system: You are a helpful assistant.
user:
Analyze the provided spectrum to determine if it is a **M-type Giant (gM)**.

A M-type Giant spectrum is defined by its **strong molecular absorption** features, particularly from **Titanium Oxide (TiO)**. You must check for one of the following mutually exclusive signatures:

- **Key Visual Indicators (Absorption-Dominated Spectrum):**

    - **(Primary):** The spectrum is dominated by strong molecular absorption from **Titanium Oxide (TiO)**. This is the **defining feature** of its M-type temperature class.
        - **(Key Bandheads):** Look for sharp, "saw-tooth" absorption valleys. The strongest are located near **~7050 Å**, **~6160 Å**, and **~5170 Å**.
        - **(Line Profile):** The "saw-tooth" morphology is critical: a **sharp, steep drop on the BLUE (short-wavelength) side** of the bandhead, followed by a gradual recovery (rising flux) towards the RED (long-wavelength) side.

    - **(Key Confirmation - Giant vs. Dwarf):** **ABSENCE** of strong **Calcium Hydride (CaH)** molecular bands. This is the primary diagnostic for *excluding* M-dwarfs.
        - **(Key Region):** The spectrum should lack the strong, broad absorption band seen in dwarfs between **~6800 Å and ~7000 Å**.

    - **(Secondary Confirmation - Giant):** A very strong and broad **Neutral Calcium (Ca I)** atomic absorption line.
        - **(Key Line):** Located at **~4226 Å**. In a giant (gM), this line is significantly deeper and broader than the same line in an M-dwarf (dM) due to low surface gravity.

    - **(Overall Spectrum):**
        - The continuum is **extremely red-sloping** (i.e., flux is very low in the blue and rises dramatically towards the red).
        - The entire spectrum appears "chopped up" by the deep TiO bands.

Think first, call **spectral_visualization_tool** if needed to examine features in detail, then provide your final answer. Your response must adhere to the following strict rules:
1.  **Overall Structure:** Your response must follow the format `<think>...</think> <tool_call>...</tool_call> (if a tool is used) <answer>...</answer>`.
2.  **Tool Usage Constraint:** You may only make **one** tool call per turn.
3.  **Final Answer Format:** In the `<answer>` tag, your conclusion must be inside a `\boxed{}` command (e.g., `\boxed{YES}` or `\boxed{NO}`), followed by your justification.

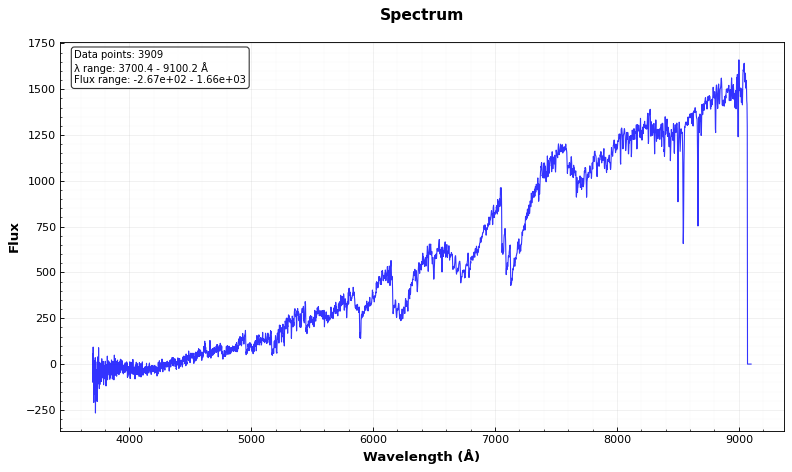
Answer: YES